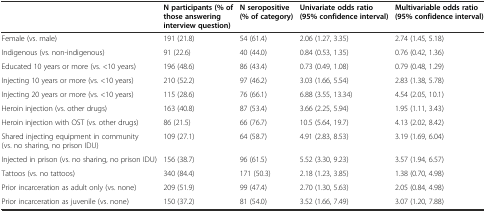
<table><thead><tr><td></td><td><b>N participants (% of those answering interview question)</b></td><td><b>N seropositive (% of category)</b></td><td><b>Univariate odds ratio (95% confidence interval)</b></td><td><b>Multivariable odds ratio (95% confidence interval)</b></td></tr></thead><tbody><tr><td>Female (vs. male)</td><td>191 (21.8)</td><td>54 (61.4)</td><td>2.06 (1.27, 3.35)</td><td>2.74 (1.45, 5.18)</td></tr><tr><td>Indigenous (vs. non-indigenous)</td><td>91 (22.6)</td><td>40 (44.0)</td><td>0.84 (0.53, 1.35)</td><td>0.76 (0.42, 1.36)</td></tr><tr><td>Educated 10 years or more (vs. &lt;10 years)</td><td>196 (48.6)</td><td>86 (43.4)</td><td>0.73 (0.49, 1.08)</td><td>0.79 (0.48, 1.29)</td></tr><tr><td>Injecting 10 years or more (vs. &lt;10 years)</td><td>210 (52.2)</td><td>97 (46.2)</td><td>3.03 (1.66, 5.54)</td><td>2.83 (1.38, 5.78)</td></tr><tr><td>Injecting 20 years or more (vs. &lt;10 years)</td><td>115 (28.6)</td><td>76 (66.1)</td><td>6.88 (3.55, 13.34)</td><td>4.54 (2.05, 10.1)</td></tr><tr><td>Heroin injection (vs. other drugs)</td><td>163 (40.8)</td><td>87 (53.4)</td><td>3.66 (2.25, 5.94)</td><td>1.95 (1.11, 3.43)</td></tr><tr><td>Heroin injection with OST (vs. other drugs)</td><td>86 (21.5)</td><td>66 (76.7)</td><td>10.5 (5.64, 19.7)</td><td>4.13 (2.02, 8.42)</td></tr><tr><td>Shared injecting equipment in community (vs. no sharing, no prison IDU)</td><td>109 (27.1)</td><td>64 (58.7)</td><td>4.91 (2.83, 8.53)</td><td>3.19 (1.69, 6.04)</td></tr><tr><td>Injected in prison (vs. no sharing, no prison IDU)</td><td>156 (38.7)</td><td>96 (61.5)</td><td>5.52 (3.30, 9.23)</td><td>3.57 (1.94, 6.57)</td></tr><tr><td>Tattoos (vs. no tattoos)</td><td>340 (84.4)</td><td>171 (50.3)</td><td>2.18 (1.23, 3.85)</td><td>1.38 (0.70, 4.98)</td></tr><tr><td>Prior incarceration as adult only (vs. none)</td><td>209 (51.9)</td><td>99 (47.4)</td><td>2.70 (1.30, 5.63)</td><td>2.05 (0.84, 4.98)</td></tr><tr><td>Prior incarceration as juvenile (vs. none)</td><td>150 (37.2)</td><td>81 (54.0)</td><td>3.52 (1.66, 7.49)</td><td>3.07 (1.20, 7.88)</td></tr></tbody></table>